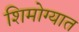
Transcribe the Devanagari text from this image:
शिमोग्यात